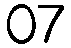
07